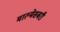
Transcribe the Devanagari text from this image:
माल्मेसबरी